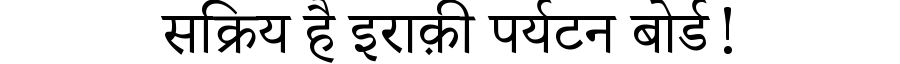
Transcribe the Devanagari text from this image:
सक्रिय है इराक़ी पर्यटन बोर्ड!